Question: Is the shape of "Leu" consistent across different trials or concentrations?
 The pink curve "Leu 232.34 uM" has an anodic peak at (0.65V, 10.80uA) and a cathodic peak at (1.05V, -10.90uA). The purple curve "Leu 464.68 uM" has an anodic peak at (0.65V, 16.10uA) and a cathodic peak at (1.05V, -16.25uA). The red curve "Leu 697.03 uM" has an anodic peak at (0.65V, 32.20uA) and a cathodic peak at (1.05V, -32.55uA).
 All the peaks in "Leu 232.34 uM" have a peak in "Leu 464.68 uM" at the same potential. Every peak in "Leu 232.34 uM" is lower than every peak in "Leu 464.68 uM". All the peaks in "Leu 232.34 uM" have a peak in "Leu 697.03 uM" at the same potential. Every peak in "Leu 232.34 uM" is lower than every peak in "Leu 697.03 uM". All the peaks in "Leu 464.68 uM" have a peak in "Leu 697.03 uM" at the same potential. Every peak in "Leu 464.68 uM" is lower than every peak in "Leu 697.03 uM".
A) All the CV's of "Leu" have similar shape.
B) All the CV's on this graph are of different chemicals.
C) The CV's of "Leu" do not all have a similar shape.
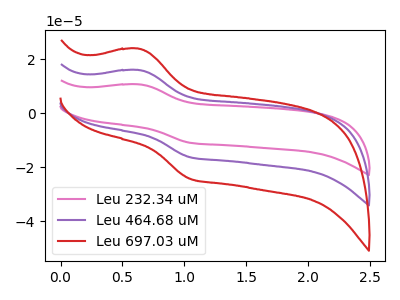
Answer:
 <answer>A) All the CV's of "Leu" have similar shape.</answer>
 <eval>A</eval>